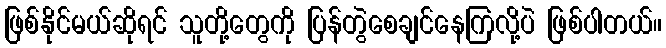
ဖြစ်နိုင်မယ်ဆိုရင် သူတို့တွေကို ပြန်တွဲစေချင်နေကြလို့ပဲ ဖြစ်ပါတယ်။